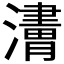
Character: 𤁿